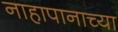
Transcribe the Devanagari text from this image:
नाहापानाच्या